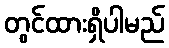
တွင်ထားရှိပါမည်